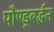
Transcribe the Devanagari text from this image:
पौण्ड्रबर्द्धन